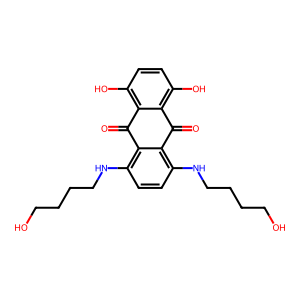
SMILES: O=C1c2c(O)ccc(O)c2C(=O)c2c(NCCCCO)ccc(NCCCCO)c21
Inhibits HIV replication: Yes